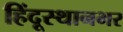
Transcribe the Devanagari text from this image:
हिंदूस्थानभर